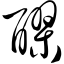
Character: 醪